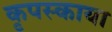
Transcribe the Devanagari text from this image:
कृपस्काया